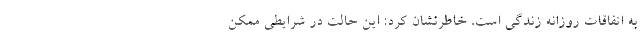
به اتفاقات روزانه زندگی است، خاطرنشان کرد: این حالت در شرایطی ممکن